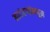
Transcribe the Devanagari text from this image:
कादंबऱ्यांमधून